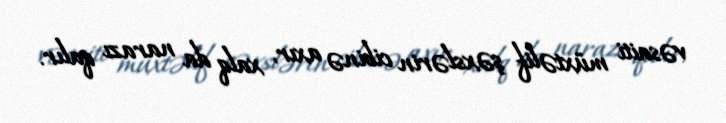
vəsaiti müxtəlif şəxslərin cibinə axır, xalq da narazı qalır.